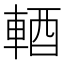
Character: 輏